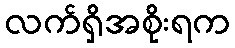
လက်ရှိအစိုးရက